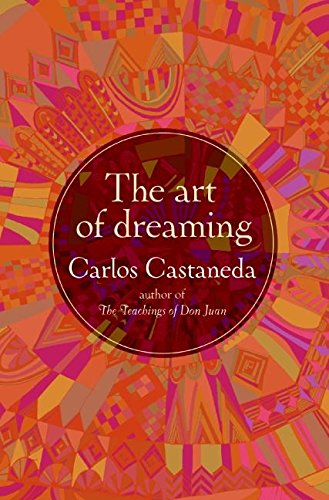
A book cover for The Art of Dreaming; Carlos Castaneda; Literature & Fiction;